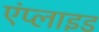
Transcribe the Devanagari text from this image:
एंप्‍लाइड